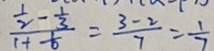
\frac { \frac { 1 } { 2 } - \frac { 1 } { 3 } } { 1 + \frac { 1 } { 6 } } = \frac { 3 - 2 } { 7 } = \frac { 1 } { 7 }